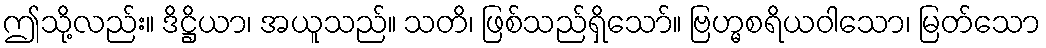
ဤသို့လည်း။ ဒိဋ္ဌိယာ၊ အယူသည်။ သတိ၊ ဖြစ်သည်ရှိသော်။ ဗြဟ္မစရိယဝါသော၊ မြတ်သော